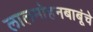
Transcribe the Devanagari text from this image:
लालमोहनबाबूंचे